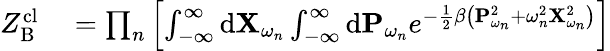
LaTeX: \begin{array}{rl}{Z_{\mathrm{B}}^{\mathrm{cl}}}&{{}=\prod_{n}\left[\int_{-\infty}^{\infty}\mathrm{d}\mathbf{X}_{\omega_{n}}\int_{-\infty}^{\infty}\mathrm{d}\mathbf{P}_{\omega_{n}}e^{-\frac{1}{2}\beta\left(\mathbf{P}_{\omega_{n}}^{2}+\omega_{n}^{2}\mathbf{X}_{\omega_{n}}^{2}\right)}\right]}\end{array}